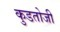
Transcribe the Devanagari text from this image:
कुडतोजी